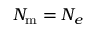
N _ { \mathrm { m } } = N _ { e }